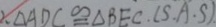
\therefore \Delta A D C \cong \Delta B E C . ( S . A . S )